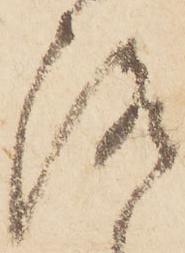
洛